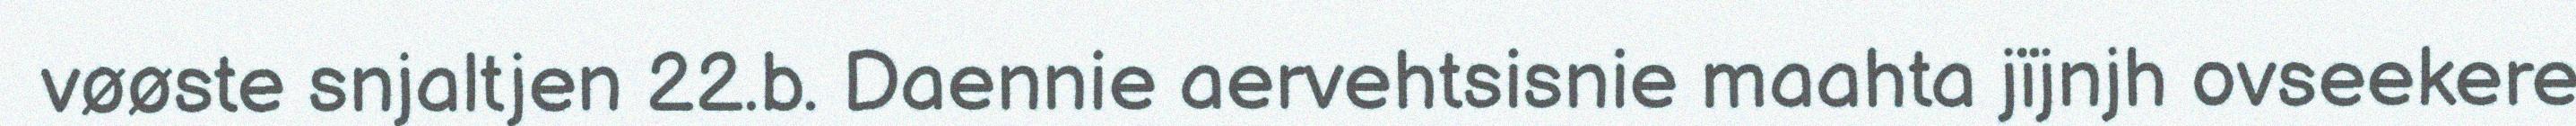
vøøste snjaltjen 22.b. Daennie aervehtsisnie maahta jïjnjh ovseekere